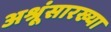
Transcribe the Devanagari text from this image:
अश्रूंसारख्या